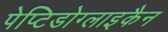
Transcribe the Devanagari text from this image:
पेप्टिडोग्लाइकैन